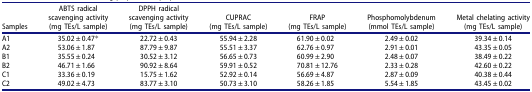
<table><thead><tr><td><b>Samples</b></td><td><b>ABTS radical scavenging activity (mg TEs/L sample)</b></td><td><b>DPPH radical scavenging activity (mg TEs/L sample)</b></td><td><b>CUPRAC (mg TEs/L sample)</b></td><td><b>FRAP (mg TEs/L sample)</b></td><td><b>Phosphomolybdenum (mmol TEs/L sample)</b></td><td><b>Metal chelating activity (mg TEs/L sample)</b></td></tr></thead><tbody><tr><td>A1</td><td>35.02 ± 0.47*</td><td>22.72 ± 0.43</td><td>55.94 ± 2.28</td><td>61.90 ± 0.02</td><td>2.49 ± 0.02</td><td>39.34 ± 0.14</td></tr><tr><td>A2</td><td>53.06 ± 1.87</td><td>87.79 ± 9.87</td><td>55.51 ± 3.37</td><td>62.76 ± 0.97</td><td>2.91 ± 0.01</td><td>43.35 ± 0.05</td></tr><tr><td>B1</td><td>35.55 ± 0.24</td><td>30.52 ± 3.12</td><td>56.65 ± 0.73</td><td>60.99 ± 2.90</td><td>2.48 ± 0.07</td><td>38.49 ± 0.22</td></tr><tr><td>B2</td><td>46.71 ± 1.66</td><td>90.92 ± 8.64</td><td>59.91 ± 0.52</td><td>70.81 ± 12.76</td><td>2.33 ± 0.28</td><td>42.60 ± 0.22</td></tr><tr><td>C1</td><td>33.36 ± 0.19</td><td>15.75 ± 1.62</td><td>52.92 ± 0.14</td><td>56.69 ± 4.87</td><td>2.87 ± 0.09</td><td>40.38 ± 0.44</td></tr><tr><td>C2</td><td>49.02 ± 4.73</td><td>83.77 ± 3.10</td><td>50.73 ± 3.10</td><td>58.26 ± 1.85</td><td>5.54 ± 1.85</td><td>43.45 ± 0.02</td></tr></tbody></table>